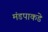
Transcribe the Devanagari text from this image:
मंडपाकडे